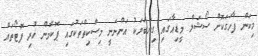
މިކަން ފާހަގަކޮށް ސޯޝަލް މީޑިއާގައި ގިނަބަޔަކު އަންނަނީ މިސްކިތްތަކުގައި ޕޮކެމޮން ހުރި ފޮޓޯތައް